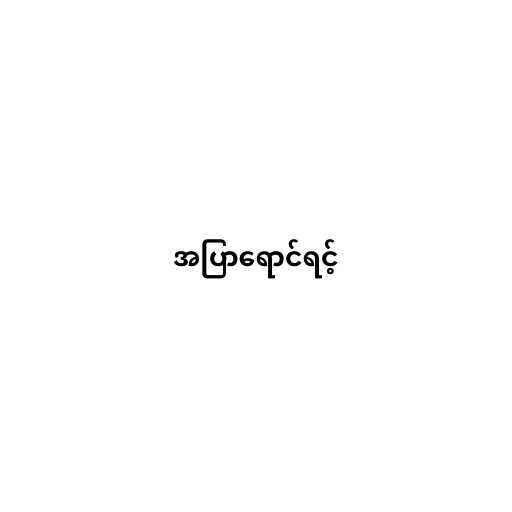
အပြာရောင်ရင့်